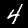
Label: 4